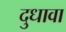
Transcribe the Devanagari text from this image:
दुधावा